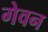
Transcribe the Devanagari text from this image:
गेवन